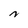
Character: N